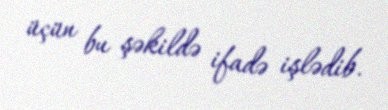
üçün bu şəkildə ifadə işlədib.